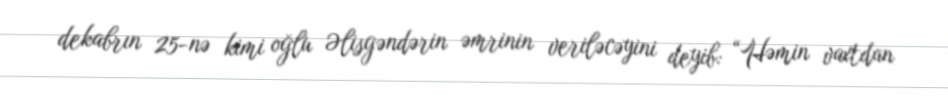
dekabrın 25-nə kimi oğlu Əlisgəndərin əmrinin veriləcəyini deyib: “Həmin vaxtdan